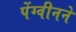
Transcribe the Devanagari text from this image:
पेंग्वीनने